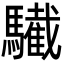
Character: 𩦷